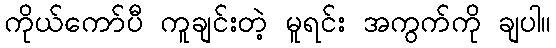
ကိုယ်ကော်ပီ ကူချင်းတဲ့ မူရင်း အကွက်ကို ချပါ။